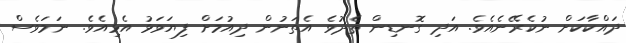
ދައްކާކަށް ނުކެރޭނެއެވެ. އަދި ގޮނޑިން ތެދުވެ އެތަނުން ދިއުމަށް ފިޔަވަޅު އެޅިއެވެ. ނަމަވެސް